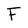
Character: F